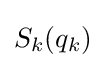
S_{k}(q_{k})